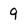
Character: 9